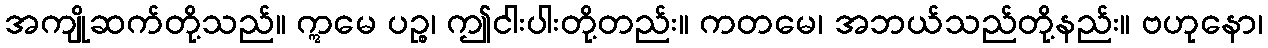
အကျိုဆက်တို့သည်။ ဣမေ ပဉ္စ၊ ဤငါးပါးတို့တည်း။ ကတမေ၊ အဘယ်သည်တို့နည်း။ ဗဟုနော၊